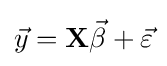
{\vec {y}}=\mathbf {X} {\vec {\beta }}+{\vec {\varepsilon }}